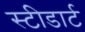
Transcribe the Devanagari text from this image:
स्टीडार्ट